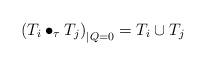
LaTeX: \begin{align*} \left( T_i \bullet_\tau T_j \right)_{|Q=0} = T_i \cup T_j \end{align*}